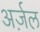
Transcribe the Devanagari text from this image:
अर्ज़ल